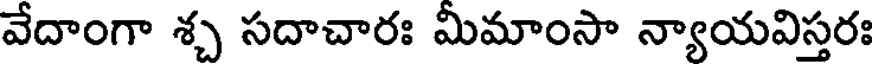
వేదాంగా శ్చ సదాచారః మీమాంసా న్యాయవిస్తరః